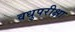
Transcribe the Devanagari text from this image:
वधुपरीक्षा